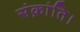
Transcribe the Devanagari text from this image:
संक्रांति।